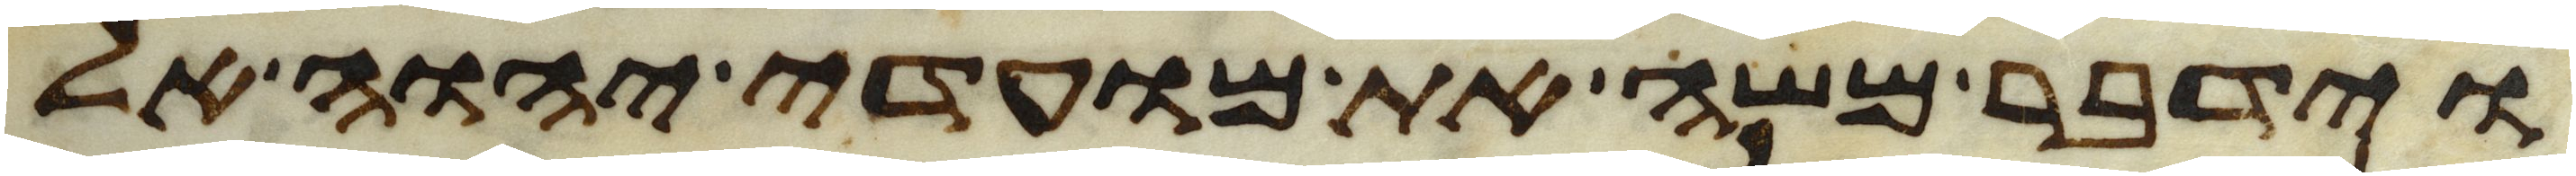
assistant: וידבר משה את מועדי יהוה אל